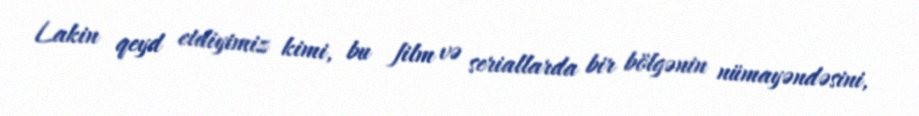
Lakin qeyd etdiyimiz kimi, bu film və seriallarda bir bölgənin nümayəndəsini,